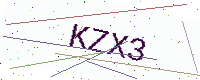
Text: KZX3